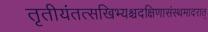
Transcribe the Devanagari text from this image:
तृतीयंतत्सखिभ्यश्चदक्षिणासंस्थमादरात्